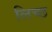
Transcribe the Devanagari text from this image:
लिच्छ